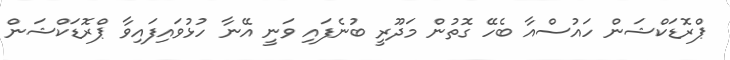
ޕްރޮޑަކްޝަން ހައުސްއާ ބެހޭ ގޮތުން މަދޫރީ ބުނެފައި ވަނީ އޭނާ ހުޅުވައިފައިވާ ޕްރޮޑަކްޝަން